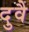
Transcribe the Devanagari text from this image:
दुवै